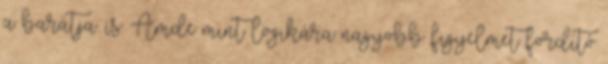
a barátja. is. Ámde mint logikára nagyobb figyelmet fordító